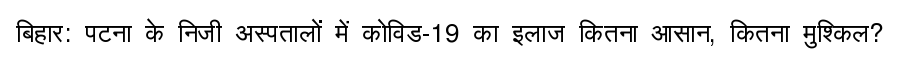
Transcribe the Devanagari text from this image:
बिहार: पटना के निजी अस्पतालों में कोविड-19 का इलाज कितना आसान, कितना मुश्किल?